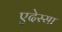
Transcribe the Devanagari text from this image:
एदेस्सा